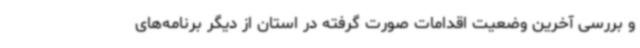
و بررسی آخرین وضعیت اقدامات صورت گرفته در استان از دیگر برنامه‌های